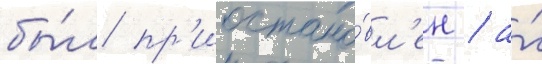
бы́л пр'иостано́вл'ен / а́